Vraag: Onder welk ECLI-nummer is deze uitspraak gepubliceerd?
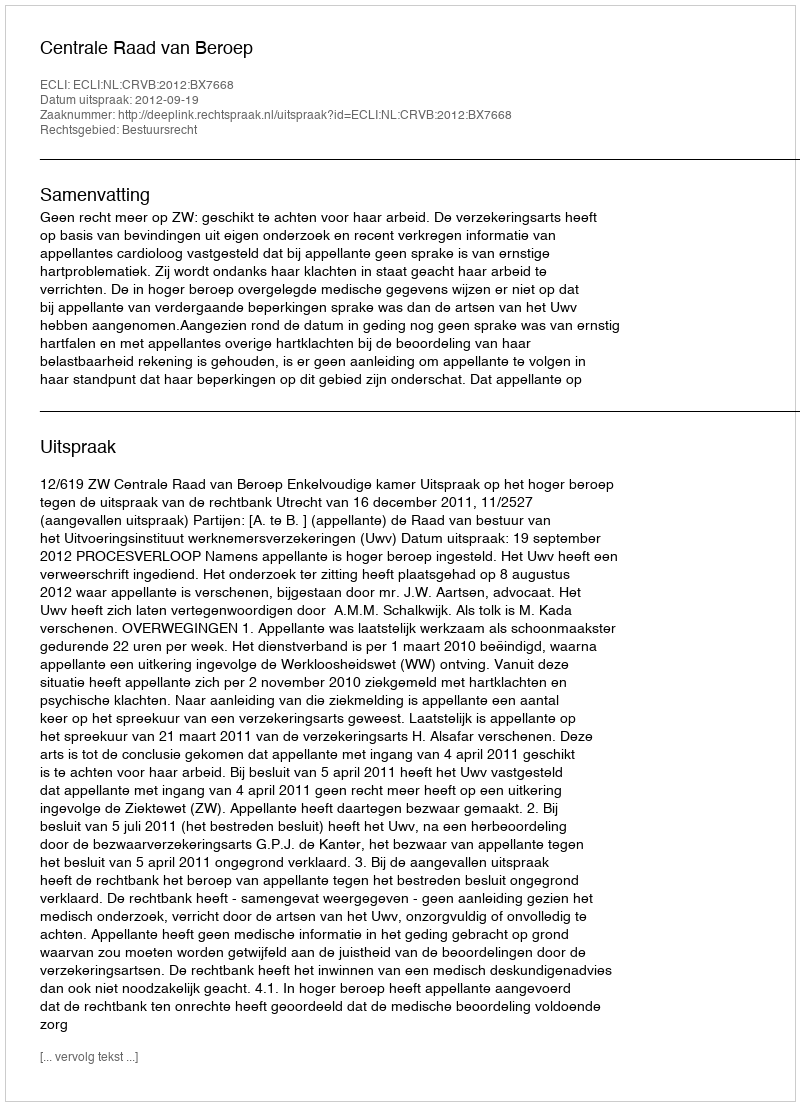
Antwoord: ECLI:NL:CRVB:2012:BX7668